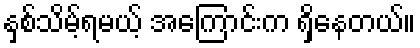
နှစ်သိမ့်ရမယ့် အကြောင်းက ရှိနေတယ်။